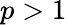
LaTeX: p>1